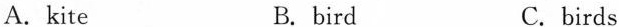
A.kite B. bird C. birds